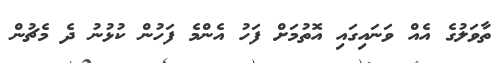
ތާވަލުގެ އެއް ވަނައިގައި އޮތުމަށް ފަހު އެންމެ ފަހުން ކުޅުނު ދެ މެޗުން